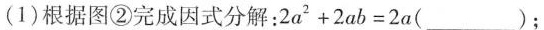
(1)根据图②完成因式分解：$$2 a ^ { 2 } + 2 a b = 2 a ( ___ )$$；